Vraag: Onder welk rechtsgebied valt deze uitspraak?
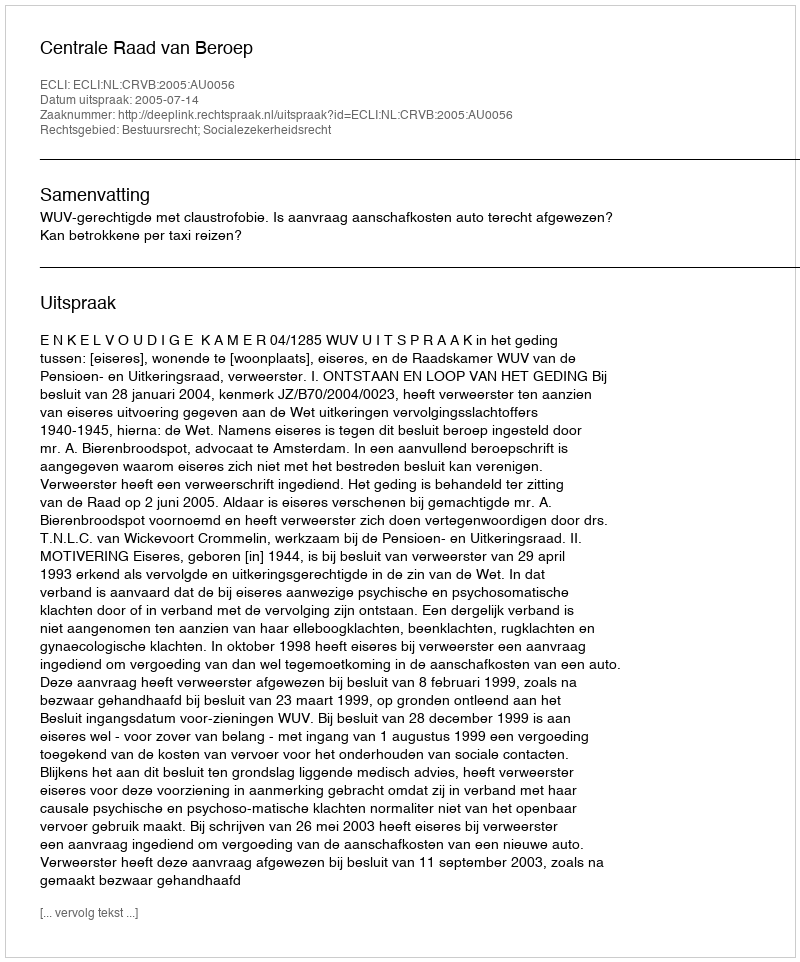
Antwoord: Bestuursrecht; Socialezekerheidsrecht